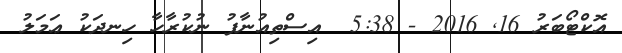
އޮކްޓޯބަރު 16